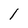
Character: l